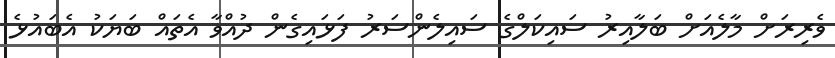
ވެރިރަށް މާލެއަށް ބަލާއިރު ސައިކަލްގެ ސައިލެންސަރު ފަޅައިގެން ދުއްވާ އެތައް ބަޔަކު އެބައުޅެ